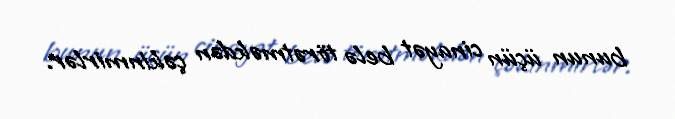
bunun üçün cinayət belə törətməkdən çəkinmirlər.